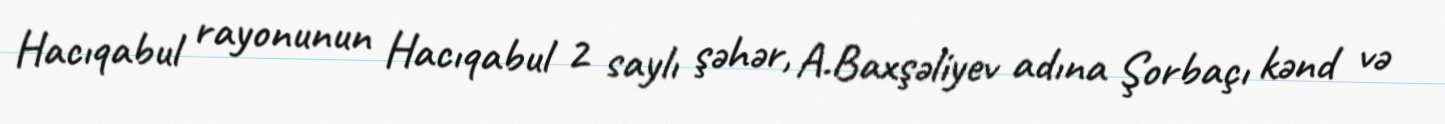
Hacıqabul rayonunun Hacıqabul 2 saylı şəhər, A.Baxşəliyev adına Şorbaçı kənd və